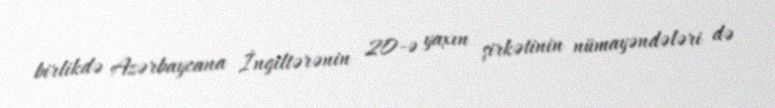
birlikdə Azərbaycana İngiltərənin 20-ə yaxın şirkətinin nümayəndələri də